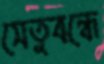
সেতুবন্ধে